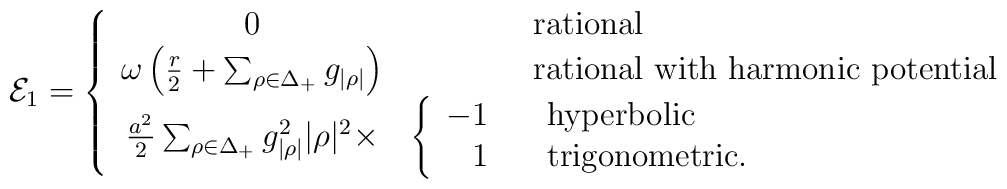
{\cal E}_1=   \left\{   \begin{array}{cll}      0&&\mbox{rational}\\      \omega\left({r\over2}+\sum_{\rho\in\Delta_+}g_{|\rho|}\right)&&      \mbox{rational with harmonic potential}\\      {a^2\over2}\sum_{\rho\in\Delta_+}g_{|\rho|}^2|\rho|^2\times      &      \left\{      \begin{array}{r}          -1\\          1       \end{array}       \right.       &       \begin{array}{l}          \mbox{hyperbolic}\\          \mbox{trigonometric.}      \end{array}   \end{array}   \right.